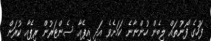
ފަހުގެ ފޯނުތައް ލިބެން ހުންނާނެ ކަމަށެވެ އަދި އިޕެއާ ސެންޓަރުން ރިޕެއާ ކުރަން